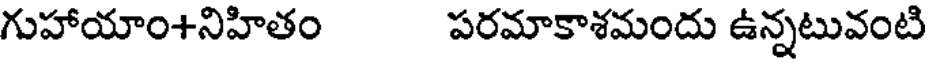
గుహాయాం+నిహితం పరమాకాశమందు ఉన్నటువంటి